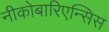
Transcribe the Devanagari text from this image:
नीकोबारिएन्सिस